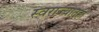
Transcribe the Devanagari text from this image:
स्वराज्यातही